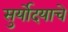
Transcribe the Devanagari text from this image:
सुर्योदयाचे